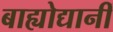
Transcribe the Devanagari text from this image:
बाह्योद्यानीं